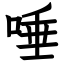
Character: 唾